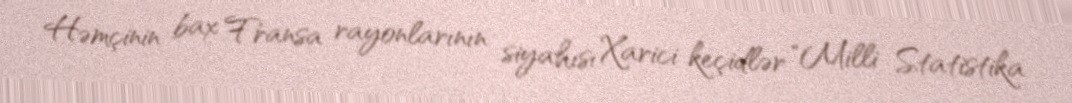
Həmçinin bax Fransa rayonlarının siyahısı Xarici keçidlər "Milli Statistika